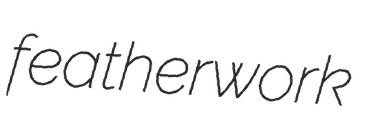
featherwork